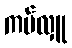
ကပ်လှူ